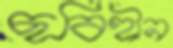
ছবিহীন